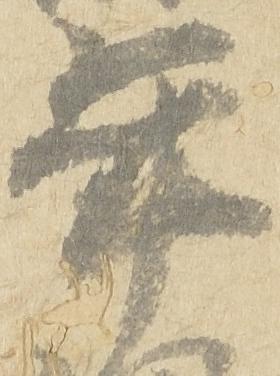
年